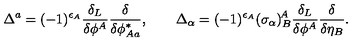
\Delta ^ { a } = ( - 1 ) ^ { \epsilon _ { A } } \frac { \delta _ { L } } { \delta \phi ^ { A } } \frac { \delta } { \delta \phi _ { A a } ^ { * } } , \qquad \Delta _ { \alpha } = ( - 1 ) ^ { \epsilon _ { A } } ( \sigma _ { \alpha } ) _ { B } ^ { \! A } \frac { \delta _ { L } } { \delta \phi ^ { A } } \frac { \delta } { \delta \eta _ { B } } .